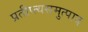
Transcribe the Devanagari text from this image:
प्रतीप्त्यसमुत्पाद